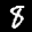
Label: 8